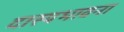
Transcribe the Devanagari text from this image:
दास्यभावना